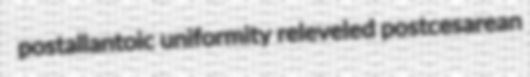
postallantoic uniformity releveled postcesarean